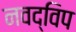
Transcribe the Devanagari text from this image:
नवद्विप